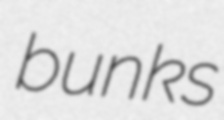
bunks